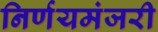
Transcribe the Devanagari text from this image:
निर्णयमंजरी